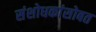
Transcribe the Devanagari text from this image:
संशोधकांसोबत